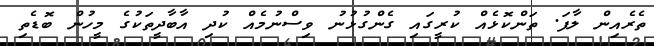
ތެރެއިން ލާފަ. ތަންކޮޅެއް ކުރީގައި ގެންގުޅުނު ވިސްނުމެއް ކުދި އާބާދީތަކުގެ މީހުން ބޮޑެތި